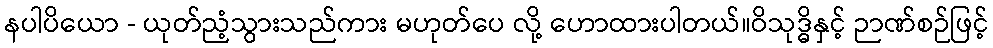
နပါပိယော - ယုတ်ညံ့သွားသည်ကား မဟုတ်ပေ လို့ ဟောထားပါတယ်။ဝိသုဒ္ဓိနှင့် ဉာဏ်စဉ်ဖြင့်